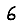
Digit: 6